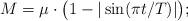
LaTeX: \begin{align*}M = \mu \cdot \bigl(1- |\sin (\pi t/T)| \bigr); \end{align*}